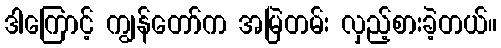
ဒါကြောင့် ကျွန်တော်က အမြဲတမ်း လှည့်စားခဲ့တယ်။